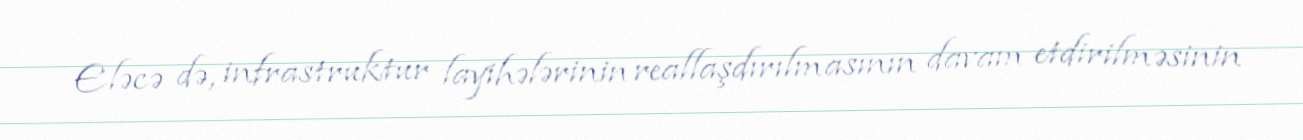
Eləcə də, infrastruktur layihələrinin reallaşdırılmasının davam etdirilməsinin